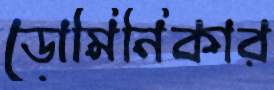
ডোমিনিকার